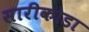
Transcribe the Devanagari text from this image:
सारीकोडा